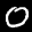
Label: 0